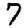
Digit: 7